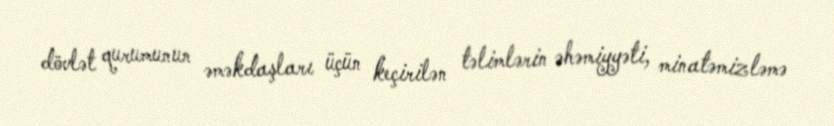
dövlət qurumunun əməkdaşları üçün keçirilən təlimlərin əhəmiyyəti, minatəmizləmə